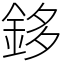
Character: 鉹